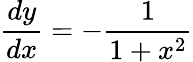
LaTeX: {\frac{dy}{dx}}=-{\frac{1}{1+x^{2}}}